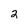
Character: 2